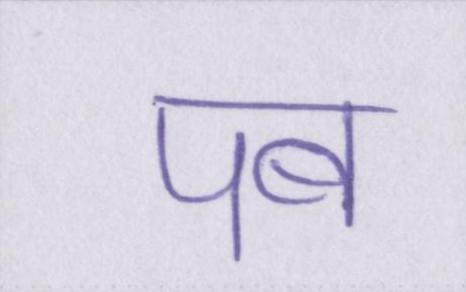
पब